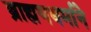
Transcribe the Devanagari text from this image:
ब्राह्मणधर्माने